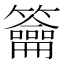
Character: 籥